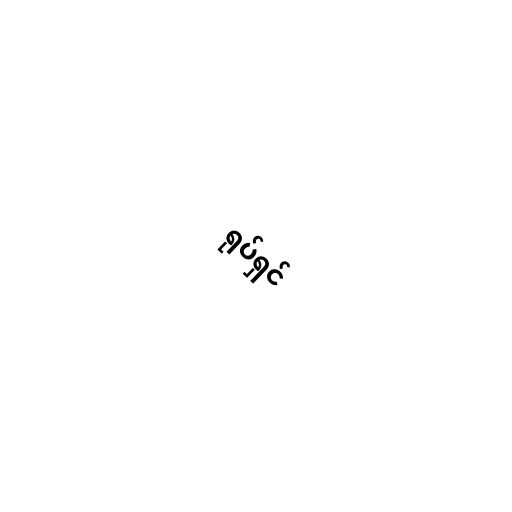
ရုပ်ရှင်